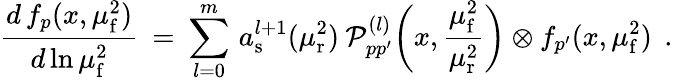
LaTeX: \frac{d\, f_{p}(x,\mu_{\mathrm{f}}^{2})}{d\ln\mu_{\mathrm{f}}^{2}}\: =\: \sum_{l=0}^{m}\, a_{\mathrm{s}}^{l+1}(\mu_{\mathrm{r}}^{2})\: {\cal P}_{pp^{\prime}}^{(l)}\bigg(x,\frac{\mu_{\mathrm{f}}^{2}}{\mu_{\mathrm{r}}^{2}}\bigg)\otimes f_{p^{\prime}}(x,\mu_{\mathrm{f}}^{2})\: \: .